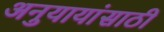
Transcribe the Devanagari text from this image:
अनुयायांसाठी